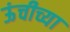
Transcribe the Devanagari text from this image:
ऊंचीच्या